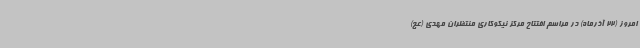
امروز (22 آذرماه) در مراسم افتتاح مرکز نیکوکاری منتظران مهدی (عج)